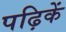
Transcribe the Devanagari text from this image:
पढ़िकें